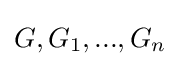
G,G_{1},...,G_{n}